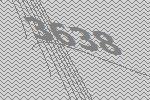
3638